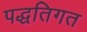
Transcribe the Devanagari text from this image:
पद्धतिगत